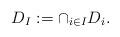
LaTeX: \begin{align*}D_I:=\cap_{i\in I} D_i.\end{align*}